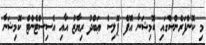
މި ކޮންފަރެންސްގައި ކޮމިޝަނާ އޮފް ޕޮލިސް ޢަބްދު ރިޔާޒު އާއި އެސިސްޓެންޓް ކޮމިޝަނާ